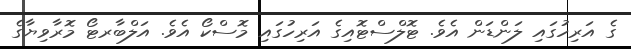
ގެ އަރިހުގައި ލަންޑަން އެވެ. ޓޮލްސްޓޮއިގެ އަރިހުގައި މޮސްކޯ އެވެ. އަލްބާރޓޯ މޮރާވިޔާގެ